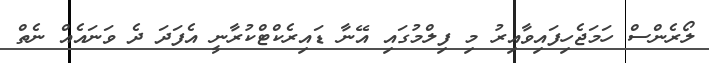
ލޯރެންސް ހަމަޖެހިފައިވާއިރު މި ފިލްމުގައި އޭނާ ޑައިރެކްޓްކުރާނީ އެފަދަ ދެ ވަނައެއް ނެތް